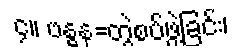
၄။ ဗန္ဓန=တွဲစပ်ဖွဲ့ခြင်း၊